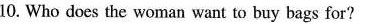
10. Who does the woman want to buy bags for?